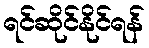
ရင်ဆိုင်နိုင်ရန်